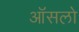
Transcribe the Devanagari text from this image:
ऑसलो